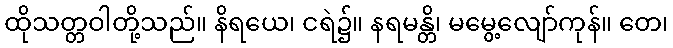
ထိုသတ္တဝါတို့သည်။ နိရယေ၊ ငရဲ၌။ နရမန္တိ၊ မမွေ့လျော်ကုန်။ တေ၊